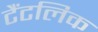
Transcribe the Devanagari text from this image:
टैंटलिक